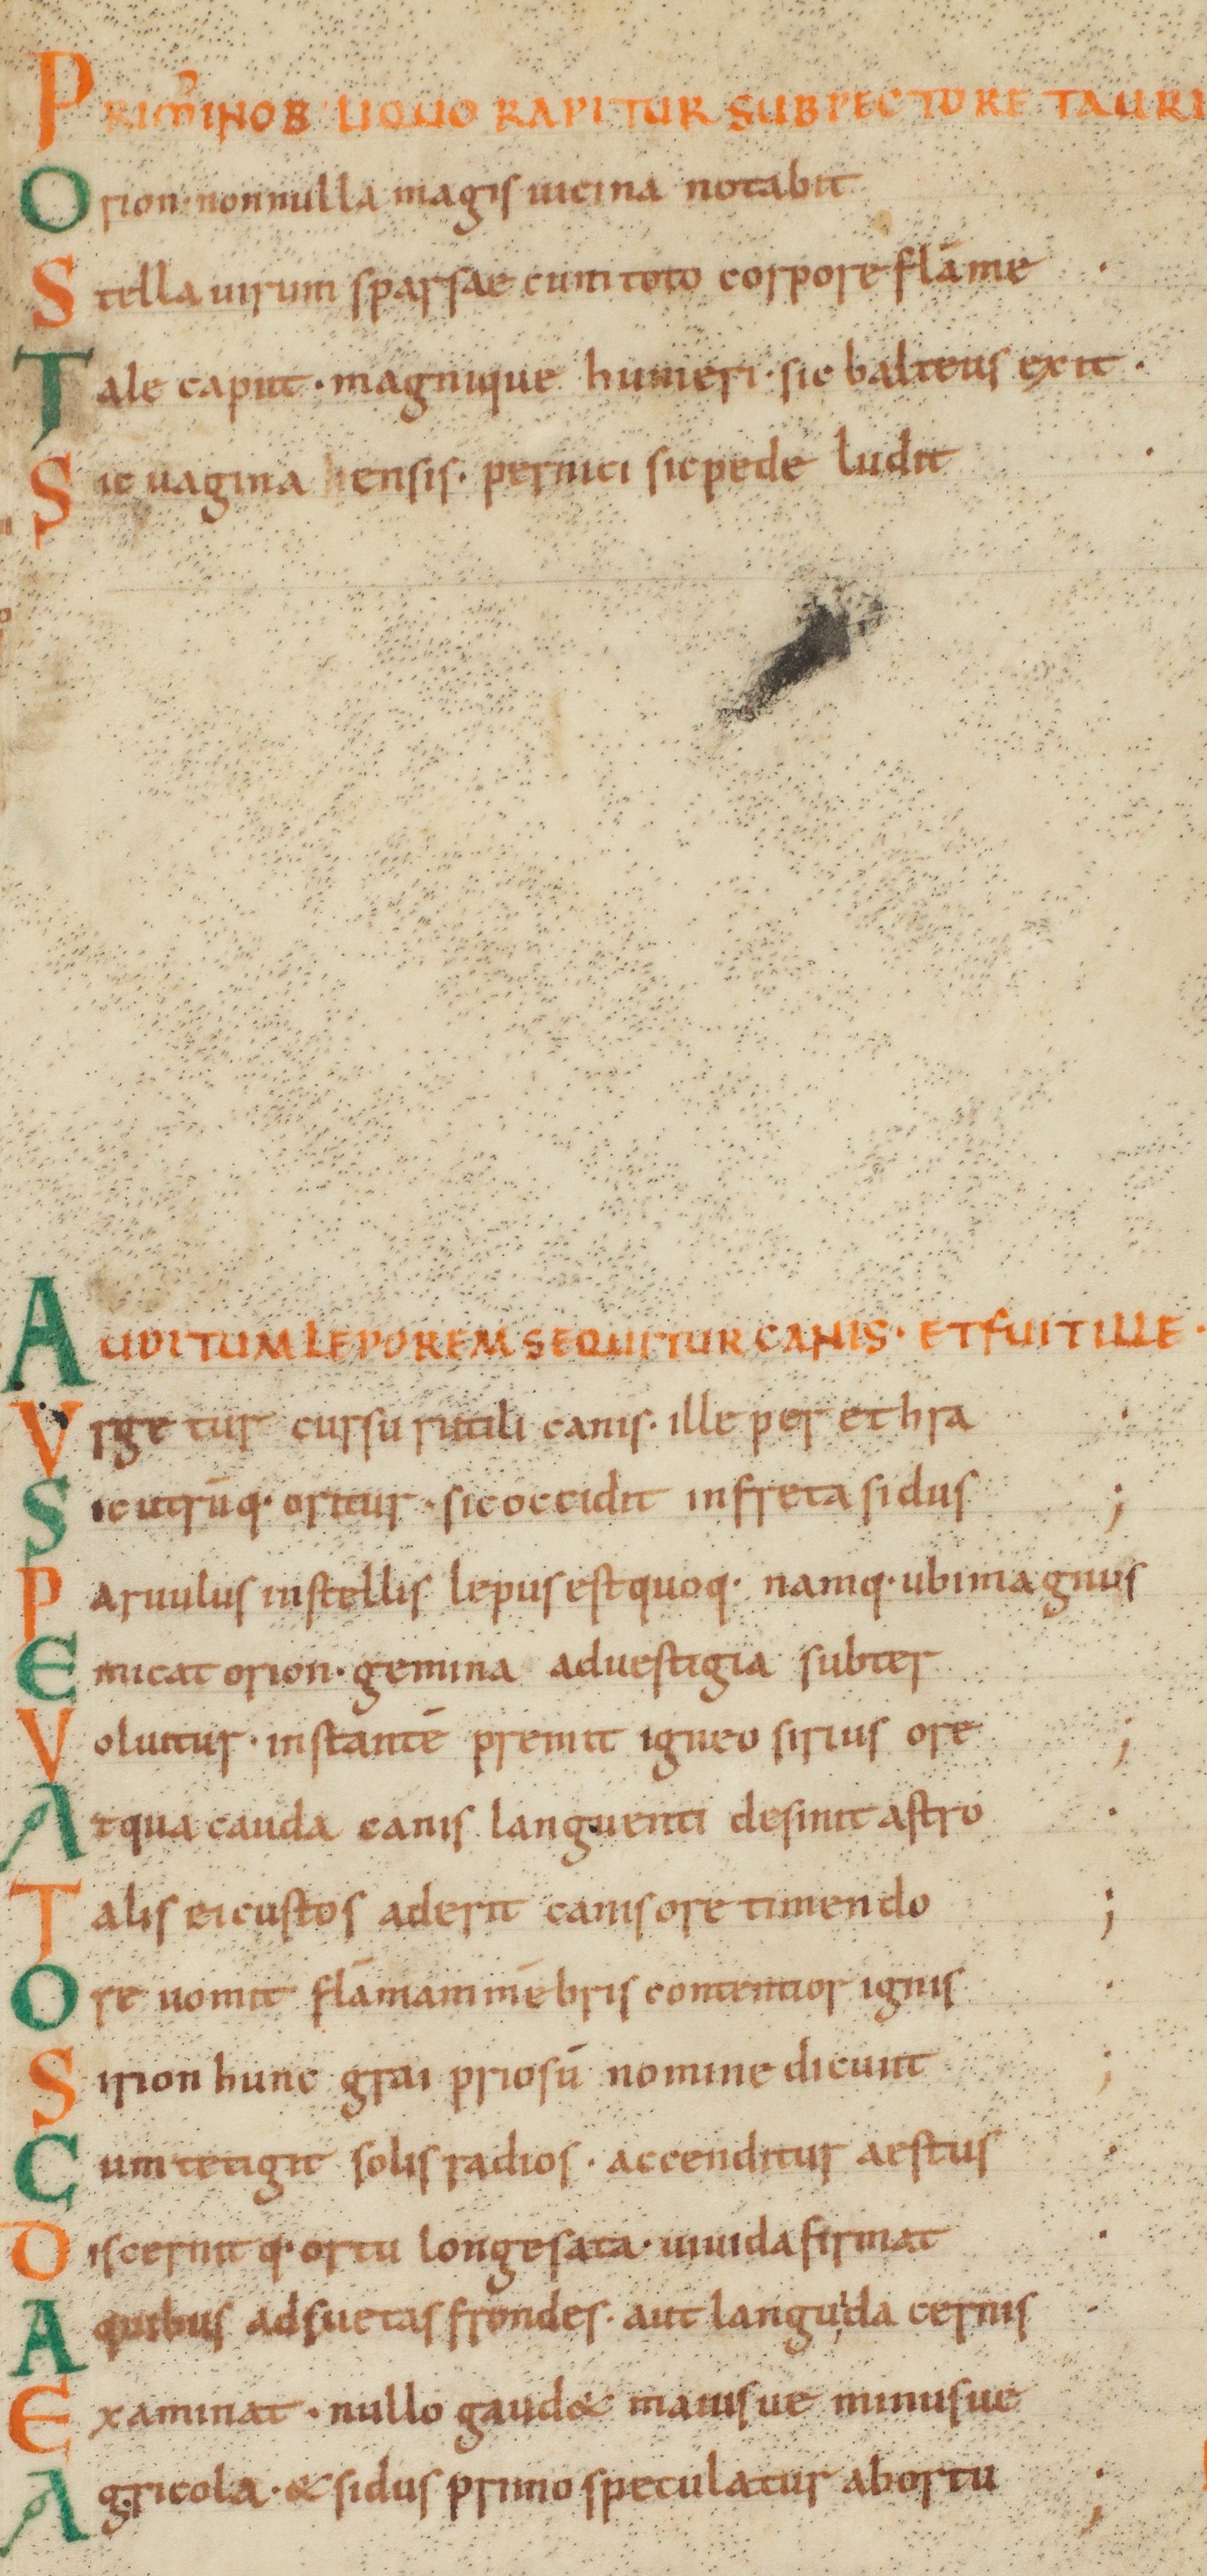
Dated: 1000–1028